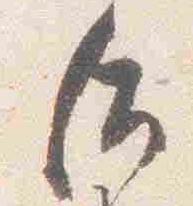
后